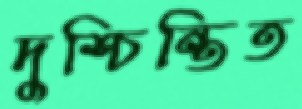
দুশ্চিন্তিত